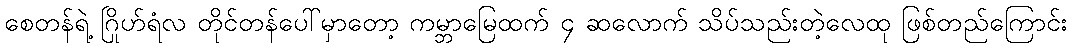
စေတန်ရဲ့ ဂြိုဟ်ရံလ တိုင်တန်ပေါ်မှာတော့ ကမ္ဘာမြေထက် ၄ ဆလောက် သိပ်သည်းတဲ့လေထု ဖြစ်တည်ကြောင်း